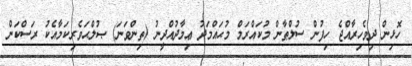
ހޮޅިން ދިވެހިރާއްޖެ ހިފުން ސުލްޠާން މުކައްރަމް މުޙައްމަދު ޢިމާދުއްދީނު (ތިންވަނަ) ޞުލްޙަވެރިކަމާއެކު ރަސްކަން